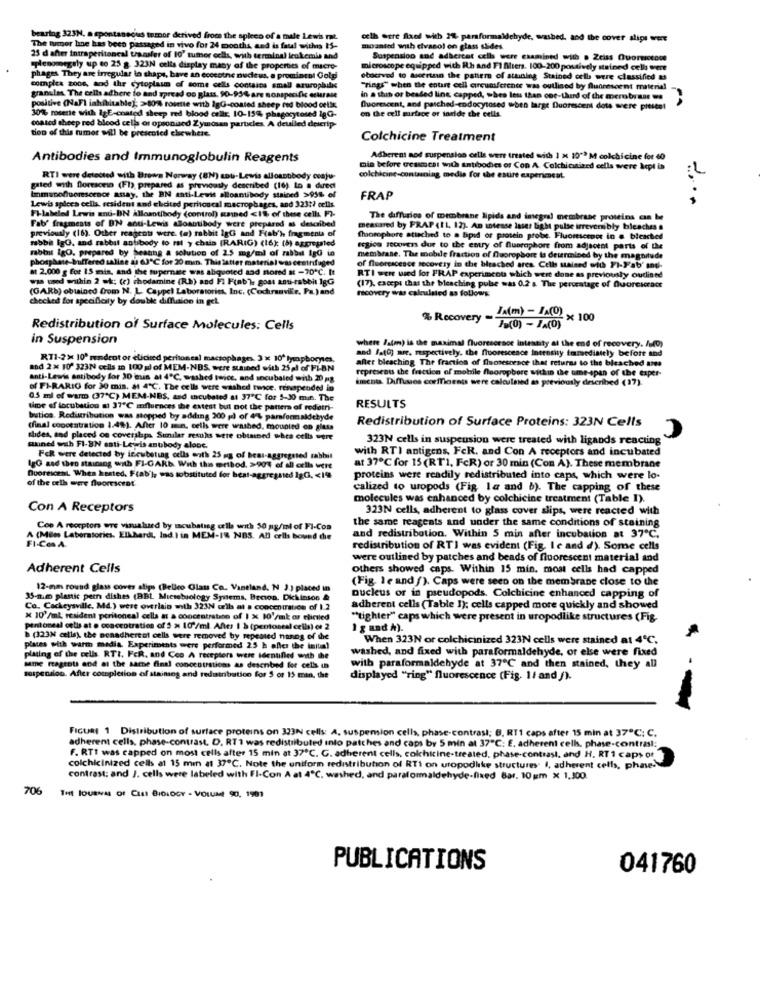
bearing 323H, a spontaneous tumor derived from the spicco of a male Lewis mat.
olh wtre flaed with 2% parformaldehyde, wasbed, and the cover slips were
The tumor line has been passaged in vivo for 24 months, and is faul withis IS-
mounted with evasol on glass slides.
25 d after intraperitoneal transfer of 10' tumor cells, with terminal leukemie and
Suspension and adbercot cells were examined with . Zeiss Quorotode
splenomegaly up to 25 g. 323N cells display many of the properties of macro-
microscope equipped with Rh and FI Miers. 100-200 postively stained cells were
phages They are irregular in shape, have an eccestne nudeus, a promincol Golgi
obachved to tuetrinn the pattern of attning Stained cells were classified &
complex zoos, and the cytoplasm of some cells contains small azurophile
"rings" when the entire cell circumference was outlined by fluorescent material
granules. The cells adhere to and spread oo glass, 90-95% are nonspecific eursse
in a than or beaded ling capped, whes less than one-third of the merobraar we
positive (NaFI inhibitable); >80% rosette with IgG-coated sheep red blood cells
Quorecent, and patched-endocytosed when large fluorescent dots were pitite!
30% rosette with igE-coated sheep red blood cells 10-15% phagocytosed igG-
on the cell surface of faride the cells.
tion of this tumor will be presented chewhere.
coated sheep red blood cells or opsonised Zymösen particles. A deulled descrip-
Colchicine Treatment
Antibodies and Immunoglobulin Reagents
Adherent and suspension cells were treated with 1 x 10"ª M colchicine for 60
min before Geascst with antibodies or Con A. Colchicsized cells were kept in
RTI were detected with Brown Norway (BN) anti-Lewis allosnobody conju-
colchicine-containing media for the estire expericocat.
gated with floresono (FI), prepared as previously described (16) Lo a dued
. the BN anti-Lewit alloantibody stained >95% of
FRAP
Lewis spleca cells, resident and elicited peritoscal macrophages, and 323 ?? cells.
Fl-labeled Lewis and-BN Allaantibody (control) anned <1% of these cells FZ-
The diffurios of membrane lipids and inegral membrane proteins can be
Fab' fragments of BN anti-Lewis alloantibody were prepared as described
previously (16). Other reagents were. (a) rabbit 1gG and Fab'h fragments of
measured by FRAP (IL, 12). An stesse laser light pulse irreversi bly bicaches &
rabbit lgG, and rabbit antibody to ral y chain (RARIG) (16); (b) aggregated
Chorophore atisches to a bpid of protein probe. Fluomsctor in # blckted
rabbit igO, prepared by heauns a solution of 2.5 mg/ml of rabbit IgG in
region secovers due to the entry of fluorophore from adjacent parts of the
phosphate-buffered saline as 63ºC for 20 min. This latter material was centrifuged
membrane. The mobile fraction of fluorophore is determined by the magnitude
at 2,000 g for 15 min. and the tupernæse was aliquoted and nored at -70℃. It
of fluorescence recovery in the bleached ares. Cells stained with FI-Fab' and.
was wed within 2 ek: (e) chodamine (Rb) and FI Fint'), goat anti-rabbit 1gG
RTI wen wed for FRAP experiments which were done as previously outlined
(GARb) obtained from N. L Cappel Laboratories, Inc. (Cochranvile, Fa.)and
(17), except that the bleaching pube was 0.2 a. The percentage of Quoreicracr
recovery was calculated as follows
checked for specificity by double diflation in gel
% Recovery
JA(m) - JA(O) x 100
Redistribution of Surface Molecules: Cells
/B(0) - JA(0)
in Suspension
where Isten) is the maximal fluorescence Intensity at the end of recovery. /udp)
RT1-2% 10' rendent or elicited peritoneal macrophages. 3 × 10º lymphocytes.
and foto) are, respectively. the fluorescence Intensity immediately before and
after bleaching The fraction of fluorescence that returns to the bleached anes
and 2% 10' 323N cells in 100 gd of MEM-NBS, were stained with 25 al of PL-BN
anti-Lewis antibody for 30 min at 4℃, washed twice, and socubaled with 20 mg
dicots. Diffuses coefficients were calculned as previously described (17).
represents the fraction of mobile fluoropbore within the ume-span of the exper-
of FI-RARIO for 30 min. at 4"℃. The cells were washed twice, renapended in
05 ml of warm (37"℃) MEM-NBS, and theubsted at 37"℃ for 5-30 min. The
time of locubation at 37℃ mfluences the extest but not the patters of redistri-
RESULTS
butica. Redistribution was stopped by adding 200 pl of 4% paraformaldehyde
Redistribution of Surface Proteins: 323N Cells
(final copotatration 1.49). After 10 m.n. cells were washed, mounted on giusa
shoes, and placed on coverslaps Sunilar resuns were obtained whes celbs were
323N cells in suspension were treated with ligands reacting
cuined wah FI-BN sati-Lewis antibody alone.
with RTI antigens, FeR. and Con A receptors and incubated
FER were detected by incubating cells enth 25 mg of bear-aggregsted rabbit
IgG aad theo staining enth FI-GARD. With the method. >90% of all orlha vere
at 37℃ for 15 (RT1, FcR) or 30 min (Con A). These membrane
of the cell were fluorescent
Querescent. When heated. Frab'la was tobstituted for best-aggregated IgGi. < 19
proteins were readily redistributed into caps, which were lo-
calized to uropods (Fig la and b). The capping of these
molecules was enhanced by colchicine treatment (Table I).
Con A Receptors
323N cells, adherent to glass cover slips, were reacted with
the same reagents and under the same conditions of staining
Cop A receptors wre visualused by moubating cells with 50 ng/ml of FI-Coa
FI-Cos A
A (Miles Laboratories. Elkhardt, Ind.I in MEM-1& NBS. All cells bound the
and redistribution. Within 5 min after incubation at 37℃.
redistribution of RTI was evident (Fig. Ie and d). Some cells
were outlined by patches and beads of fluorescent material and
Adherent Cells
others showed caps. Within 15 min. most cells had capped
(Fig. le and f). Caps were seen on the membrane close to the
12-mm round glass coves slips (Belico Class Co. Vantland. N 3.) placed in
35-num plastic pern dishes (BBL Microbiology Systems, Becon. Dickinson &
nucleus or in pseudopods. Colchicine enhanced capping of
Co. Cockeysville, Md.) were overlaio with 323N cils at a concentration of 1.2
adherent cells (Table 1); cells capped more quickly and showed
% 10'/ml; resident peritoneal cells at a concentration of 1 % 10'/mk or elinied
"tighter" caps which were present in uropodlike structures (Fig.
peritoneal celis at a concentration of 5 % 10'/ml After I à (pentoneal cells) er 2
1 g and À).
b (323N cells). the penadhereof cells were removed by repeated nanog of the
When 323N or colchicinized 323N cells were stained at 4℃,
places with warm media Experiments were performed 25 h after the initial
washed, and fixed with paraformaldehyde, or else were fixed
plating of the colis RTI, FER, and Ceo A recepters were identified with the
same magtous and at the sarne final concentrations as described for celis un
with paraformaldehyde at 37℃ and then stained, they all
suspension. After completion of staining and redistribution for 5 or 15 min. the
displayed "ring" fluorescence (Fig. 1/ and /).
FIcuat 1 Distribution of surface proteins on 323N cells: A, suspension cells, phase-contrasi; B. RT1 caps after 15 min at 37℃; C.
adherent cells, phase-contrast. D. RT1 was redistributed into patches and caps by 5 min at 37"℃: E. adherent cells, phase-contral:
F. RTt was capped on most cells after 15 min at 37℃. G. adherent cells, colchicine-treated, phase-contrast, and H. RT 1 caps of
colchicinized cells at 15 min at 37℃. Note the uniform redistribution of RTI on uropodlike structures. I, adherent cells, phase-
contrast: and J. cells were labeled with FI-Con A at 4℃, washed, and paraformaldehyde-fixed Bar, 10 um x 1,300.
706
THt JOURNAL Of CELL BIOLOGY - VOLUME 90, 1901
PUBLICATIONS
041760